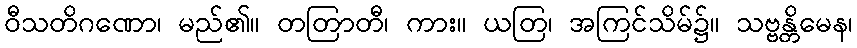
ဝီသတိဂဏော၊ မည်၏။ တတြာတီ၊ ကား။ ယတြ၊ အကြင်သိမ်၌။ သဗ္ဗန္တိမေန၊